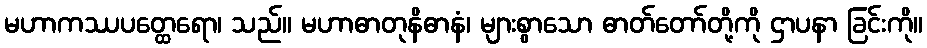
မဟာကဿပတ္ထေရော၊ သည်။ မဟာဓာတုနိဓာနံ၊ များစွာသော ဓာတ်တော်တို့ကို ဌာပနာ ခြင်းကို။